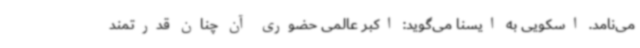
می‌نامد. اسکویی به ایسنا می‌گوید: اکبر عالمی حضوری آن چنان قدرتمند